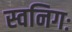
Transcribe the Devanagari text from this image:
स्वनिगः